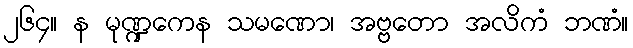
၂၆၄။ န မုဏ္ဍကေန သမဏော၊ အဗ္ဗတော အလိကံ ဘဏံ။